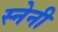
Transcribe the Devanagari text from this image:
स्नेनी